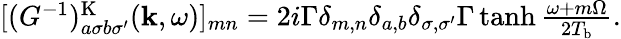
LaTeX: \begin{array}{r}{[(G^{-1})_{a\sigma b\sigma^{\prime}}^{\textrm{K}}(\mathbf{k},\omega)]_{mn}=2i\Gamma\delta_{m,n}\delta_{a,b}\delta_{\sigma,\sigma^{\prime}}\Gamma\operatorname{tanh}\frac{\omega+m\Omega}{2T_{\textrm{b}}}.}\end{array}